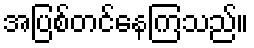
အပြစ်တင်နေကြသည်။